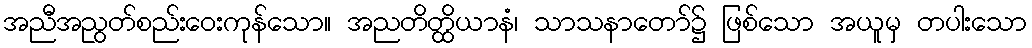
အညီအညွတ်စည်းဝေးကုန်သော။ အညတိတ္ထိယာနံ၊ သာသနာတော်၌ ဖြစ်သော အယူမှ တပါးသော